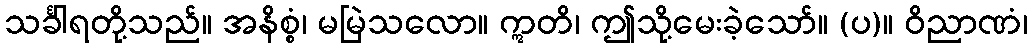
သင်္ခါရတို့သည်။ အနိစ္စံ၊ မမြဲသလော။ ဣတိ၊ ဤသို့မေးခဲ့သော်။ (ပ)။ ဝိညာဏံ၊